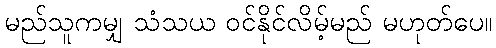
မည်သူကမျှ သံသယ ဝင်နိုင်လိမ့်မည် မဟုတ်ပေ။